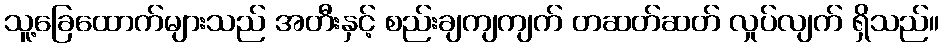
သူ့ခြေထောက်များသည် အတီးနှင့် စည်းချကျကျက် တဆတ်ဆတ် လှုပ်လျက် ရှိသည်။